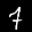
Label: 7